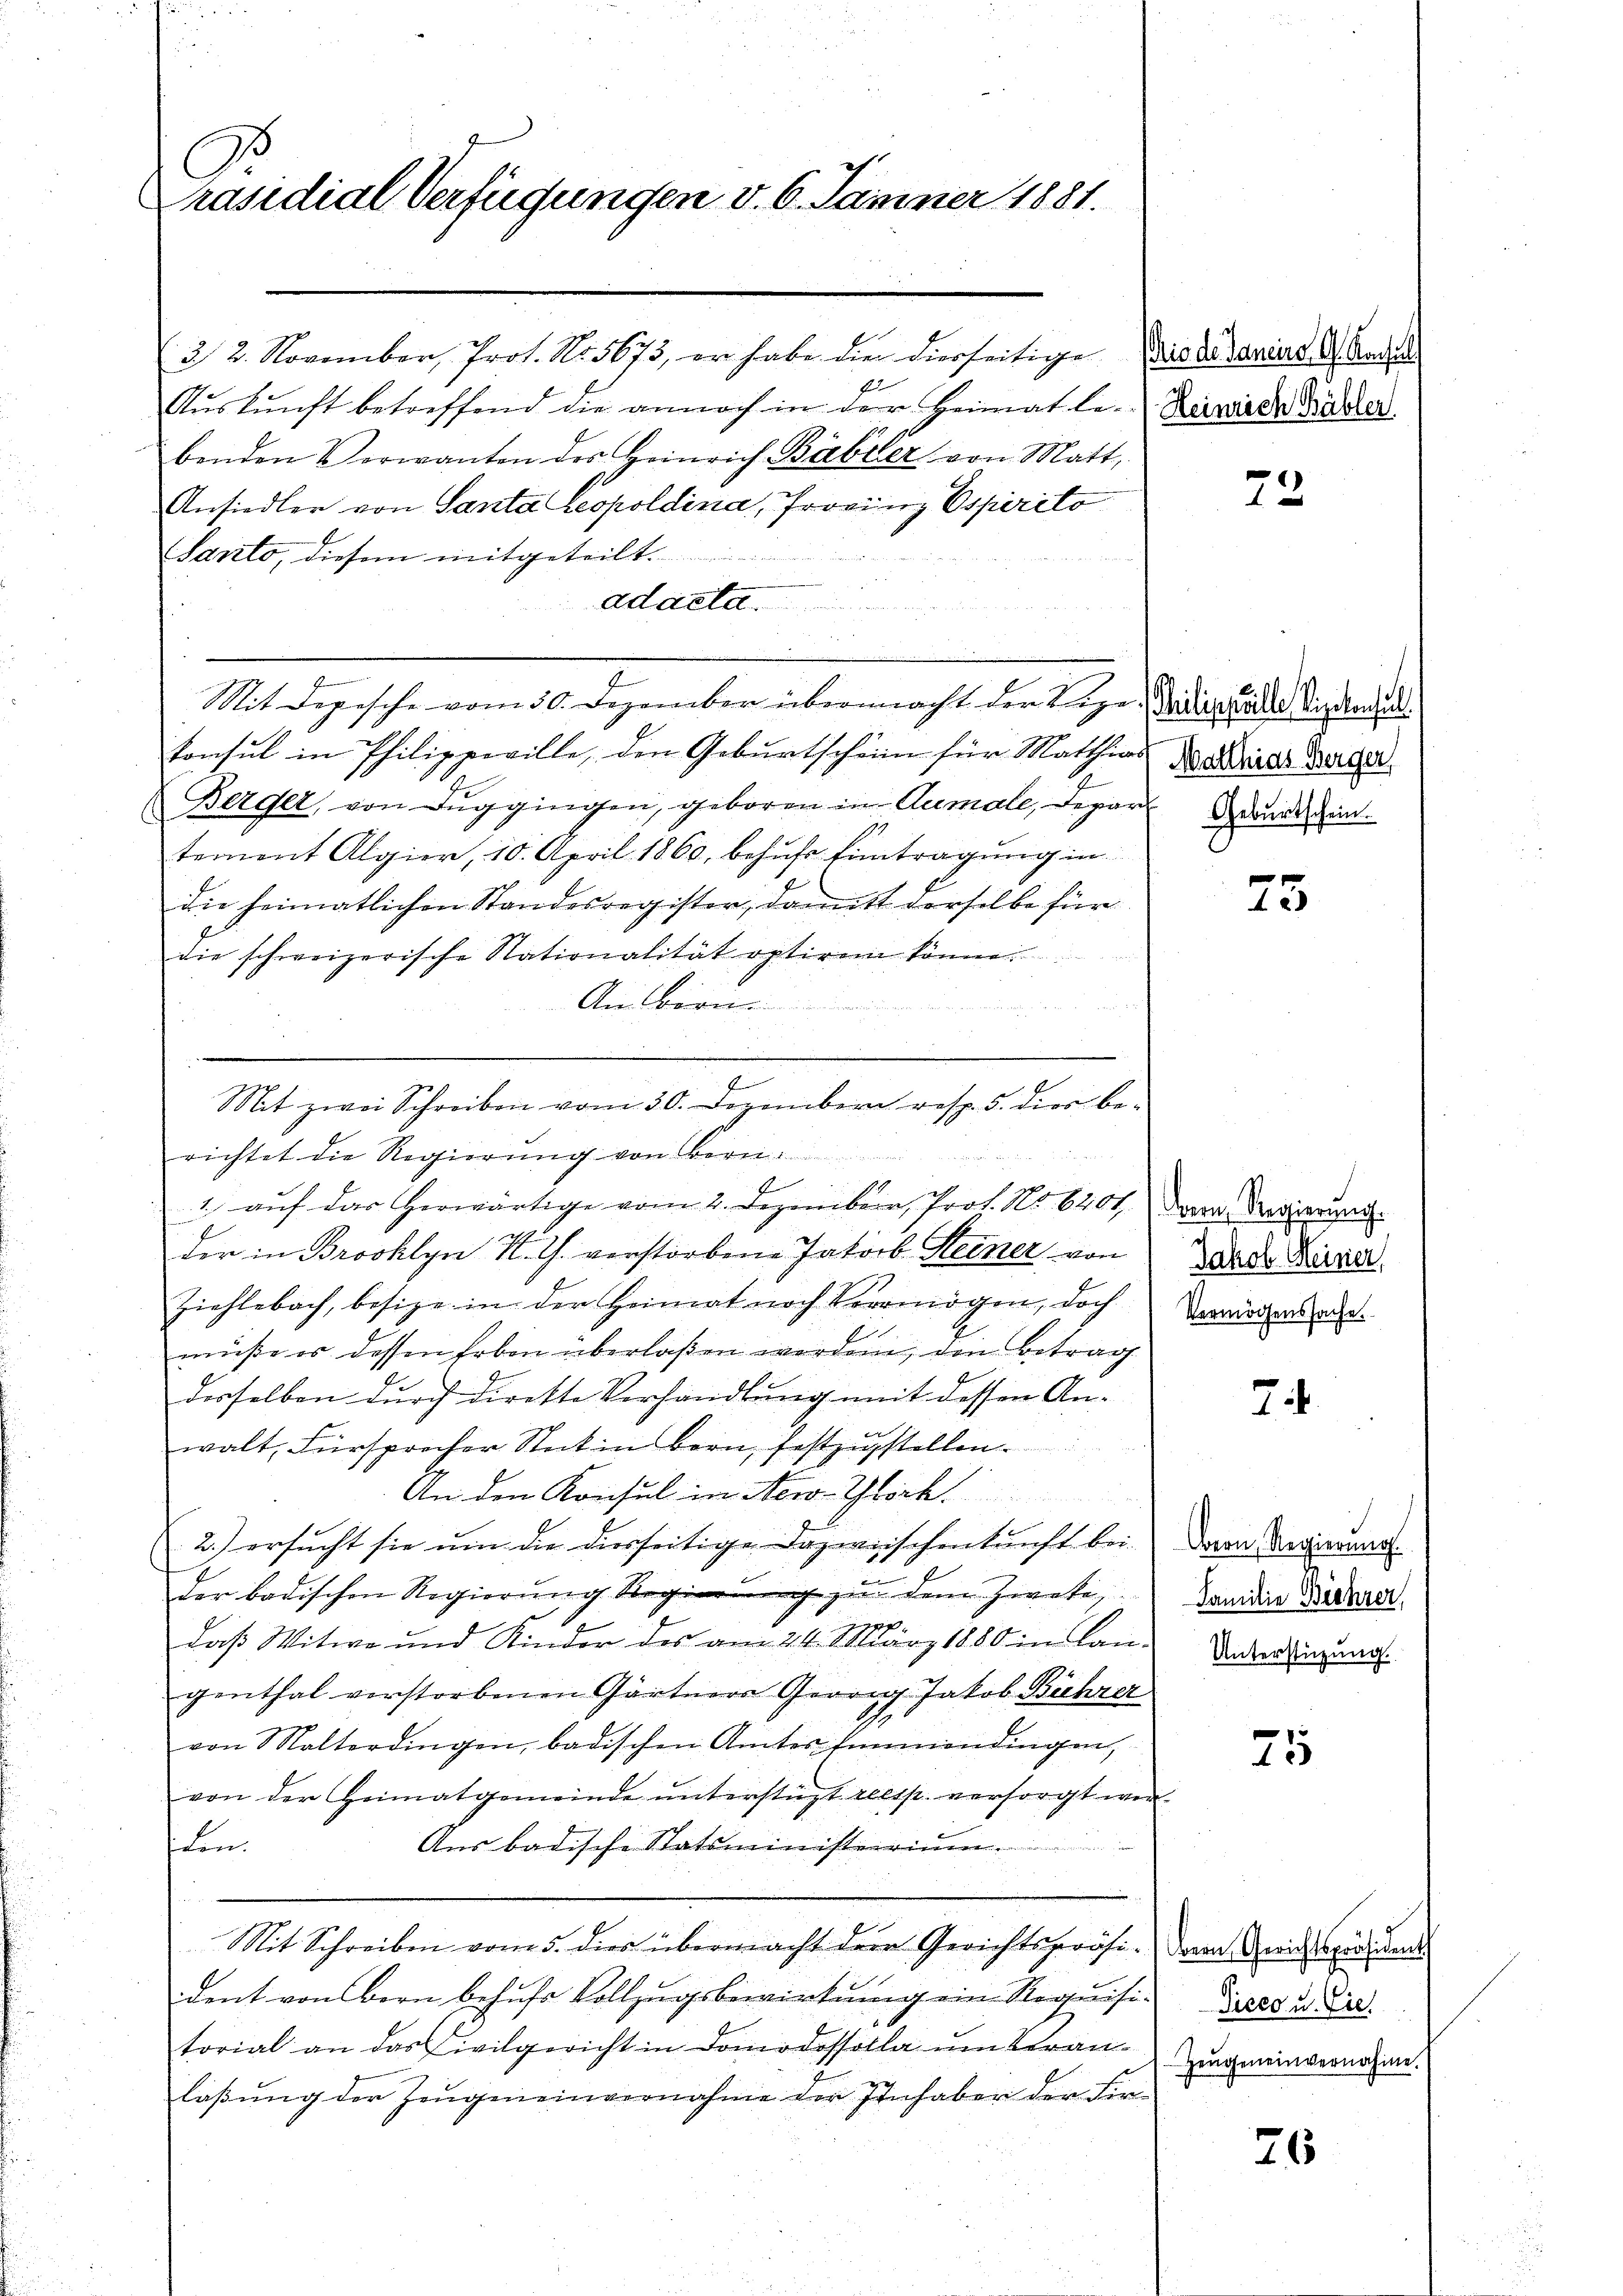
Präsidial-Verfügungen v. 6. Jammer 1881.

3 2. November, Prot. No. 5673, er habe die dierseitige Was des Sanciers Andel
Auskunft betreffend die annoch in der Heimat le-Zernisch Wider
benden Vorwanten des Heinrich Babiler von Matt,
Ansiedler von Santa Leopoldina, Provinz Espirito
Sarito, diesem mitgeteilt.
adacle
konsul in Philippeville, den Geburtschein für Mathias Marias Bürger
Berger, von Zŭg gingen, geboren in Aumale, Depar
tement Algier, 10. April 1860, behufs Eintragung in
die heimatlichen Standesregister, damitt derselbe für
die schweizerische Stationalität optiren könne.
An Bern

Mit Depesche vom 30. Dezember übermacht der Lizen Didierzalle Visitend

richtet die Regierung von Bern
1) auf das herwärtige vom 2. Dezember, Prot. No 6201 den Regierung
der in Brooklyn K. Th. verstorbene Jakob Steiner von
Ziehlebach, besize in der Heimat nach Vermögen, doch
müsse es dessen Erben überlaßen worden, den Betrag
derselben durch direkte Verhandlung mit dessen An-
walt, Fürsprecher Stat in Bern, festzustellen.
An den Konsul in New York
2.) ersucht sie um die diesseitige Dazwischenkunft bei
der badischen Regierŭng Regierŭng zŭ dem Zwete,
daß Witwe und Kinder des am 24. März 1880 in Lan-
genthal verstorbenen Gärtners Georg Jakob Bührer
von Malterdingen, badischen Amtes Einmendingen,
von der Heimatgemeinde ŭnterstüzt resp. versorgt wer-
Aus badische Statsministerium
den.
Mit Schreiben vom 5. dies übermacht der Gerichtspräsident von Bern behufs Vollzugsbewirkung eine Requisitorial an das Civilgericht in Domodossolle ŭm Veran-
laßung der Zeugeneinvernahme der Inhaber der Fir¬

Mit zwei Schreiben vom 30. Dezembern resp. 5. die be-

25

73

Geburtschein.

25

Jakob Meiner
Vermögenssache.

7

Bern, Regierung.
Familie Biehrer,
Unterstüzung.

25

Dem Gerichtspräsident
Ticco u. Ziel
Zeŭgeneinvernahme.

26